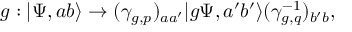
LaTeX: g : | \Psi , a b \rangle \to ( \gamma _ { g , p } ) _ { a a ^ { \prime } } | g \Psi , a ^ { \prime } b ^ { \prime } \rangle ( \gamma _ { g , q } ^ { - 1 } ) _ { b ^ { \prime } b } ,